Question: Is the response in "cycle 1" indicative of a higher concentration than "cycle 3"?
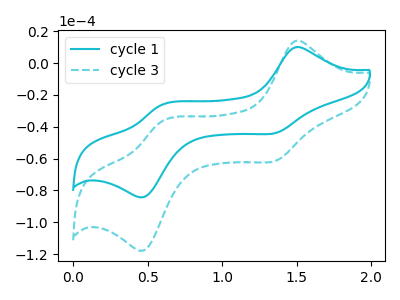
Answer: <think>The cyan curve "cycle 1" has anodic peaks at (1.50V, 9.95uA) (0.60V, -26.20uA) and cathodic peaks at (1.35V, -43.90uA) (0.50V, -84.00uA). The cyan dashed curve "cycle 3" has anodic peaks at (1.50V, 13.90uA) (0.60V, -36.65uA) and cathodic peaks at (1.35V, -61.40uA) (0.50V, -117.45uA).
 All the peaks in "cycle 1" have a peak in "cycle 3" at the same potential.</think>
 <answer>I cant tell if "cycle 1" or "cycle 3" has more signal.</answer>
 <eval>mixed_signal</eval>